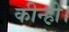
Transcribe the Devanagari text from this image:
कीन्ही।